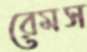
রেমস